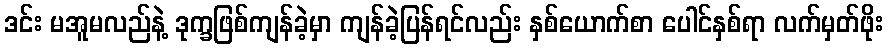
ဒင်း မအူမလည်နဲ့ ဒုက္ခဖြစ်ကျန်ခဲ့မှာ ကျန်ခဲ့ပြန်ရင်လည်း နှစ်ယောက်စာ ပေါင်နှစ်ရာ လက်မှတ်ဖိုး